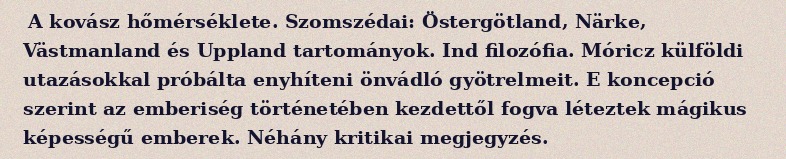
A kovász hőmérséklete. Szomszédai: Östergötland, Närke, Västmanland és Uppland tartományok. Ind filozófia. Móricz külföldi utazásokkal próbálta enyhíteni önvádló gyötrelmeit. E koncepció szerint az emberiség történetében kezdettől fogva léteztek mágikus képességű emberek. Néhány kritikai megjegyzés.